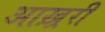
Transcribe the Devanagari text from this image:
आख़्ररी